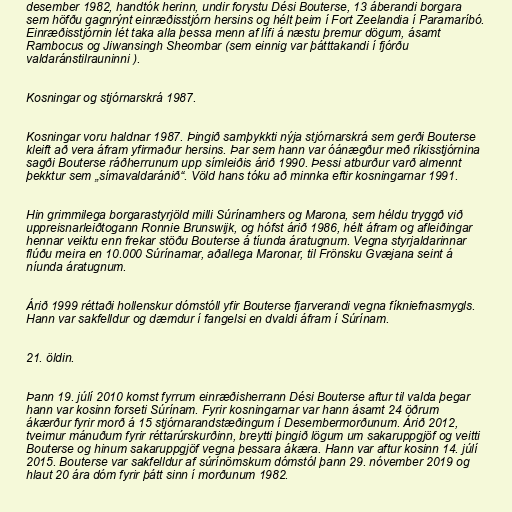
desember 1982, handtók herinn, undir forystu Dési Bouterse, 13 áberandi borgara
sem höfðu gagnrýnt einræðisstjórn hersins og hélt þeim í Fort Zeelandia í Paramaríbó.
Einræðisstjórnin lét taka alla þessa menn af lífi á næstu þremur dögum, ásamt
Rambocus og Jiwansingh Sheombar (sem einnig var þátttakandi í fjórðu
valdaránstilrauninni ).

Kosningar og stjórnarskrá 1987.

Kosningar voru haldnar 1987. Þingið samþykkti nýja stjórnarskrá sem gerði Bouterse
kleift að vera áfram yfirmaður hersins. Þar sem hann var óánægður með ríkisstjórnina
sagði Bouterse ráðherrunum upp símleiðis árið 1990. Þessi atburður varð almennt
þekktur sem „símavaldaránið“. Völd hans tóku að minnka eftir kosningarnar 1991.

Hin grimmilega borgarastyrjöld milli Súrínamhers og Marona, sem héldu tryggð við
uppreisnarleiðtogann Ronnie Brunswijk, og hófst árið 1986, hélt áfram og afleiðingar
hennar veiktu enn frekar stöðu Bouterse á tíunda áratugnum. Vegna styrjaldarinnar
flúðu meira en 10.000 Súrínamar, aðallega Maronar, til Frönsku Gvæjana seint á
níunda áratugnum.

Árið 1999 réttaði hollenskur dómstóll yfir Bouterse fjarverandi vegna fíkniefnasmygls.
Hann var sakfelldur og dæmdur í fangelsi en dvaldi áfram í Súrínam.

21. öldin.

Þann 19. júlí 2010 komst fyrrum einræðisherrann Dési Bouterse aftur til valda þegar
hann var kosinn forseti Súrínam. Fyrir kosningarnar var hann ásamt 24 öðrum
ákærður fyrir morð á 15 stjórnarandstæðingum í Desembermorðunum. Árið 2012,
tveimur mánuðum fyrir réttarúrskurðinn, breytti þingið lögum um sakaruppgjöf og veitti
Bouterse og hinum sakaruppgjöf vegna þessara ákæra. Hann var aftur kosinn 14. júlí
2015. Bouterse var sakfelldur af súrínömskum dómstól þann 29. nóvember 2019 og
hlaut 20 ára dóm fyrir þátt sinn í morðunum 1982.